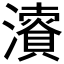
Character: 𱩰